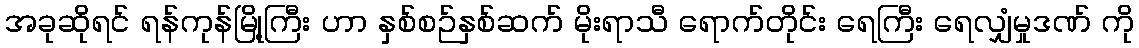
အခုဆိုရင် ရန်ကုန်မြို့ကြီး ဟာ နှစ်စဉ်နှစ်ဆက် မိုးရာသီ ရောက်တိုင်း ရေကြီး ရေလျှံမှုဒဏ် ကို